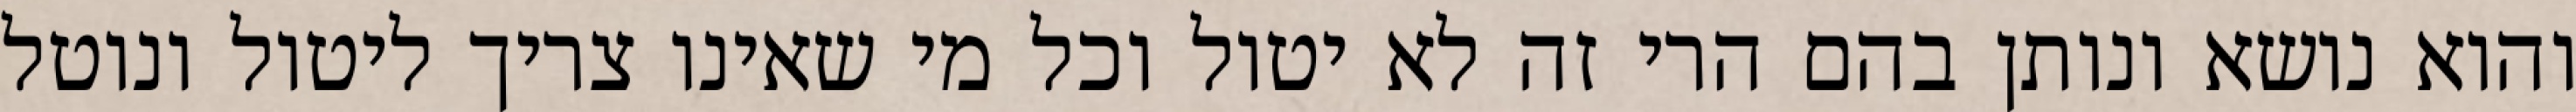
והוא נושא ונותן בהם הרי זה לא יטול וכל מי שאינו צריך ליטול ונוטל